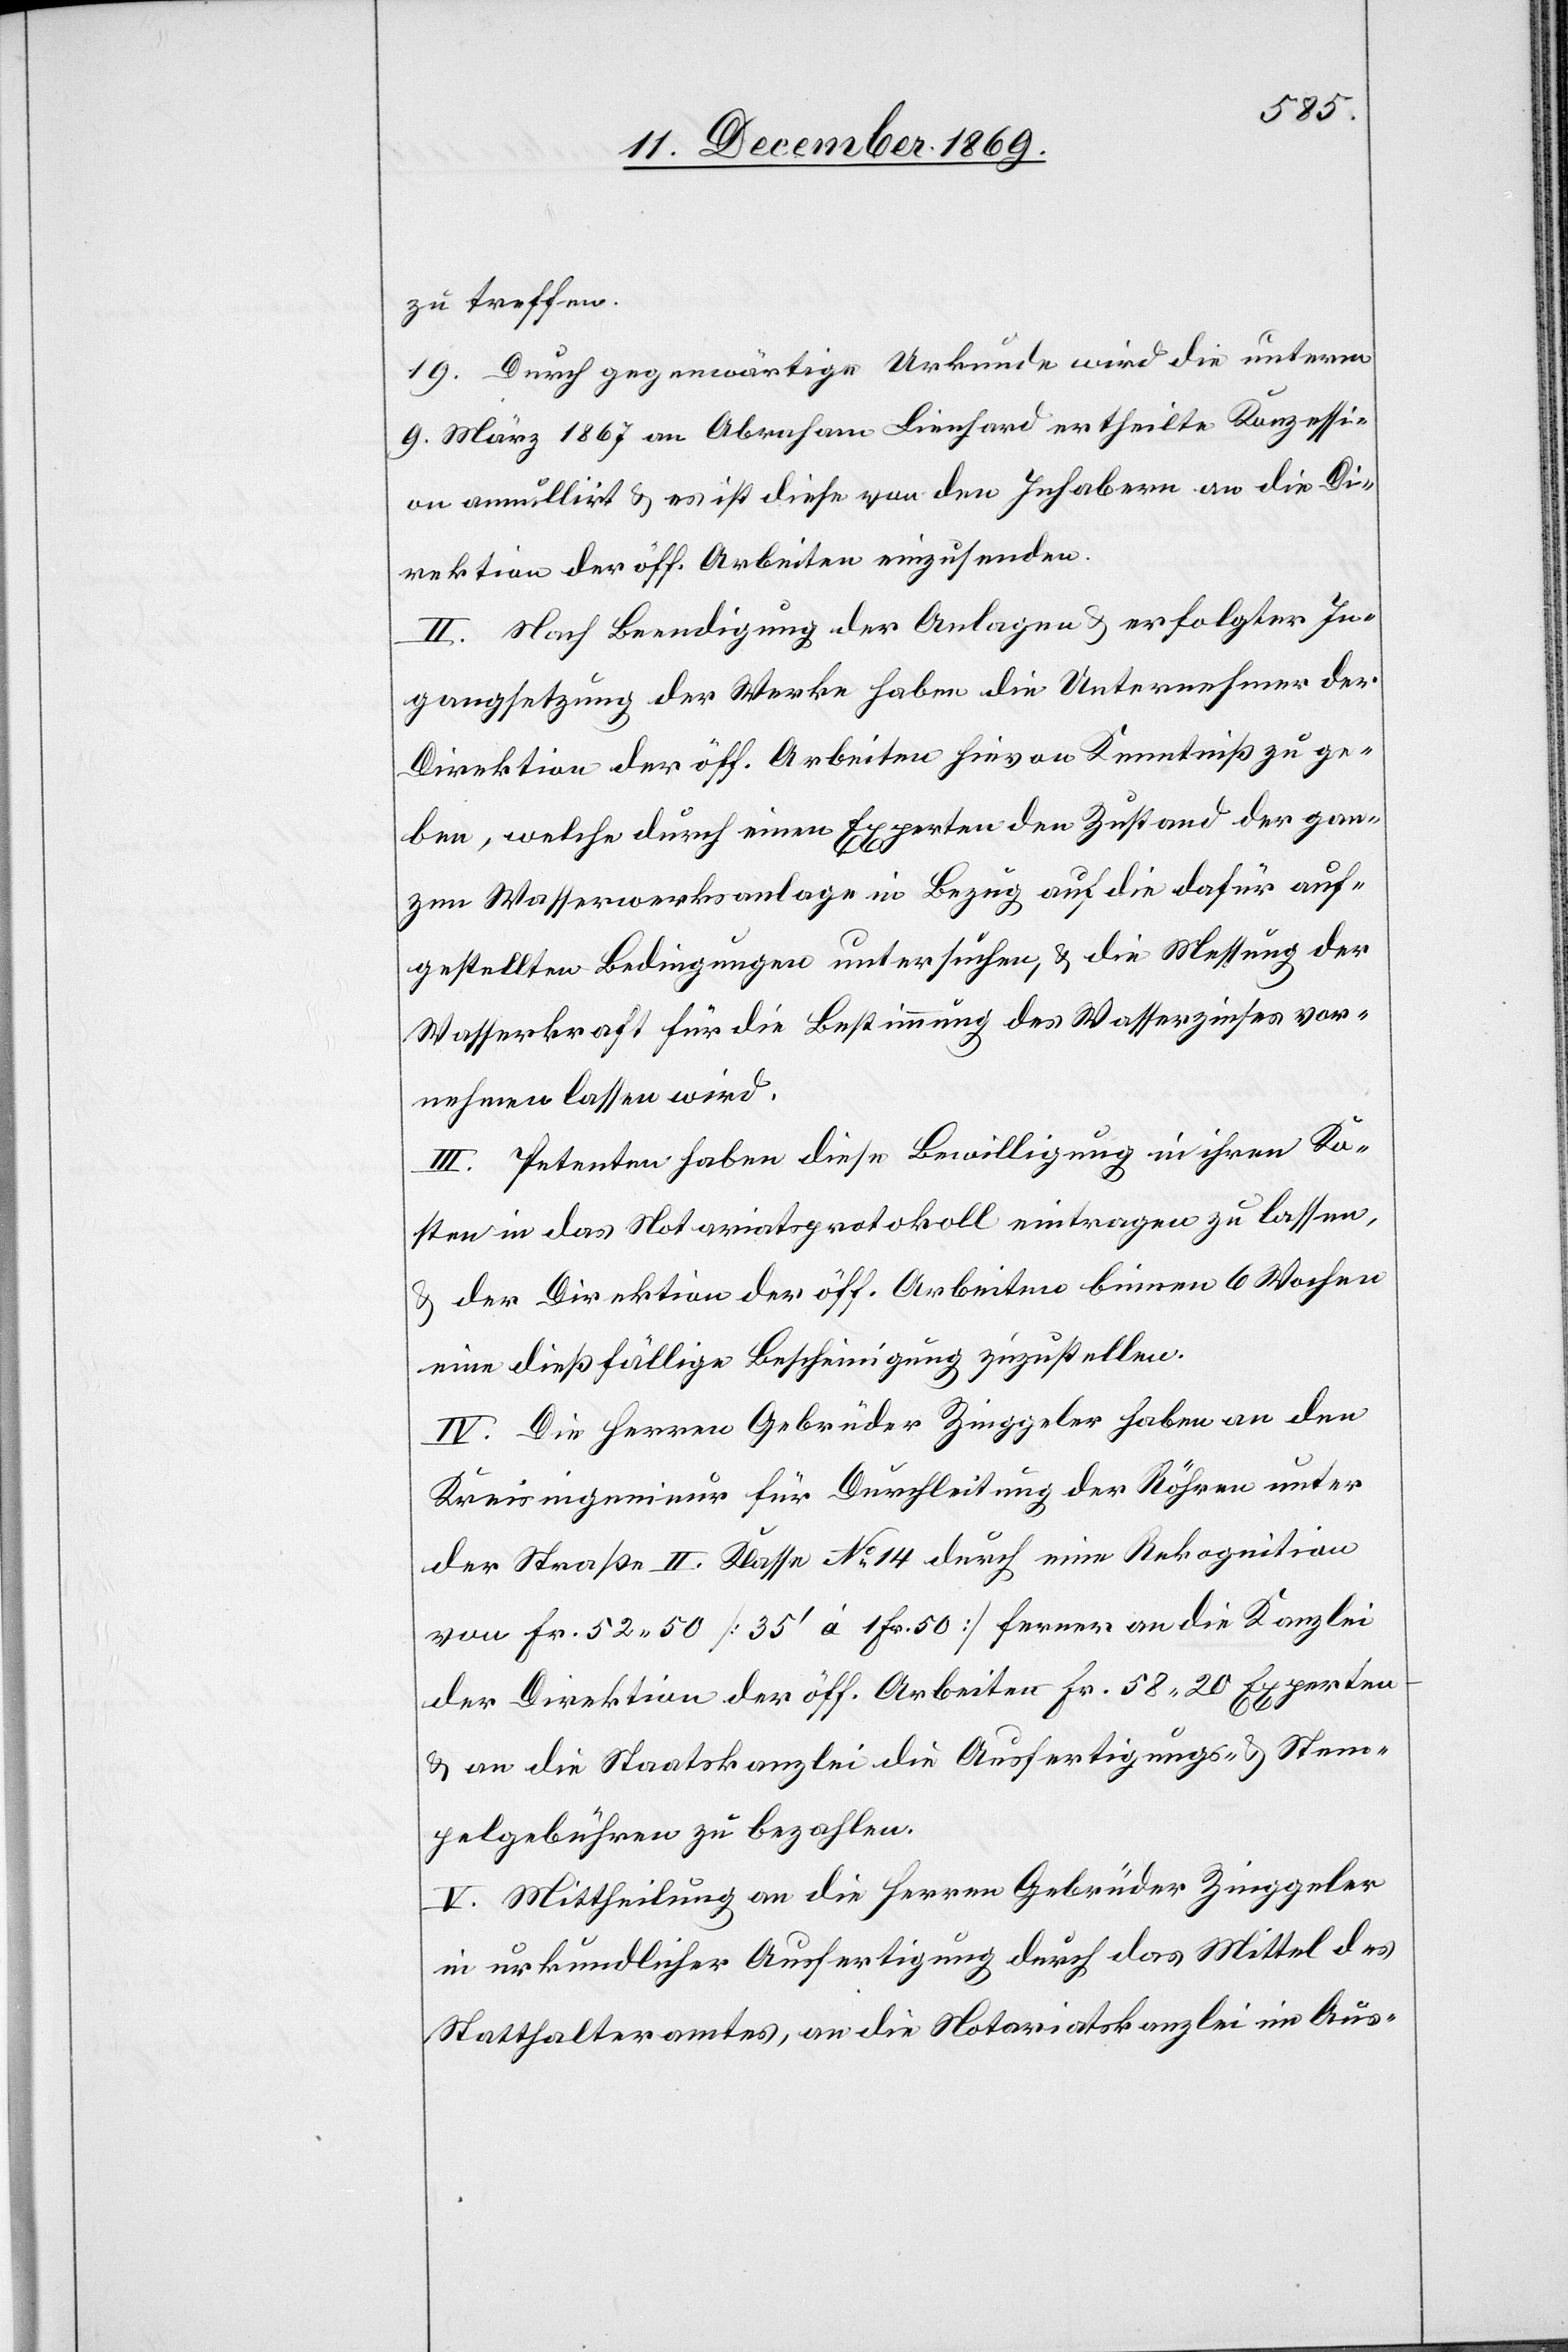
zu treffen.
19. Durch gegenwärtige Urkunde wird die unterm
9. März 1867 an Abraham Lienhard ertheilte Konzessi¬
on annullirt & es ist diese von den Inhabern an die Di¬
rektion der öff. Arbeiten einzusenden.
II. Nach Beendigung der Anlagen & erfolgter In¬
gangsetzung der Werke haben die Unternehmer der
Direktion der öff. Arbeiten hievon Kenntniß zu ge¬
ben, welche durch einen Experten den Zustand der gan¬
zen Wasserwerksanlage in Bezug auf die dafür auf¬
gestellten Bedingungen untersuchen, & die Messung der
Wasserkraft für die Bestimmung des Wasserzinses vor¬
nehmen lassen wird.
III. Petenten haben diese Bewilligung in ihren Ko¬
sten in das Notariatsprotokoll eintragen zu lassen,
der Direktion der öff. Arbeiten binnen 6 Wochen
eine dießfällige Bescheinigung zuzustellen.
IV. Die Herren Gebrüder Zinggeler haben an den
Kreisingenieur für Durchleitung der Röhren unter
der Straße II. Klasse No 14 durch eine Rekognition
von Fr. 52.50 [35‘ à 1 Fr. 50] ferner an die Kanzlei
der Direktion der öff. Arbeiten Fr. 58.20 Experten-
& an die Staatskanzlei die Ausfertigungs- & Stem¬
pelgebühren zu bezahlen.
V. Mittheilung an die Herren Gebrüder Zinggeler
in urkundlicher Ausfertigung durch das Mittel des
Statthalteramtes, an die Notariatskanzlei im Aus-